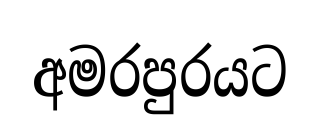
අමරපුරයට